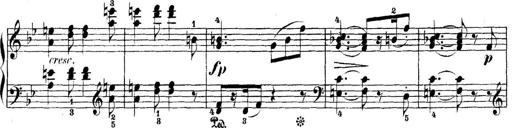
Title: 5 Sonatinas
Composer: Theodor Kirchner